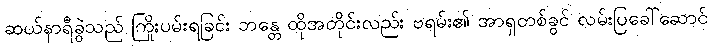
ဆယ်နာရီခွဲသည် ကြိုးပမ်းရခြင်း ဘန္တေ ထိုအတိုင်းလည်း ဗရမ်း၏ အာရှတစ်ခွင် လမ်းပြခေါ်ဆောင်